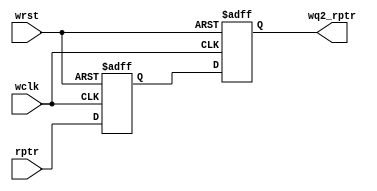
`timescale 1ns / 1ps
//////////////////////////////////////////////////////////////////////////////////
// Company: 
// Engineer: 
// 
// Design Name: 
// Module Name:    sync_r2w 
// Project Name: 
// Target Devices: 
// Tool versions: 
// Description: 
//
// Dependencies: 
//
// Revision: 
// Revision 0.01 - File Created
// Additional Comments: 
//
//////////////////////////////////////////////////////////////////////////////////
module sync_r2w #(parameter ADDRSIZE = 5)
	(
    input wclk, wrst,
	 input [ADDRSIZE : 0] rptr,
	 output reg [ADDRSIZE : 0] wq2_rptr
	 );
	 
	 reg [ ADDRSIZE: 0] wq1_rptr;
	
	always @ (negedge wclk or posedge wrst)
	begin
			if(wrst) {wq2_rptr, wq1_rptr} <= 0;
	
			else
			begin
					wq1_rptr <= rptr;
					wq2_rptr <= wq1_rptr;
			end
	end
endmodule